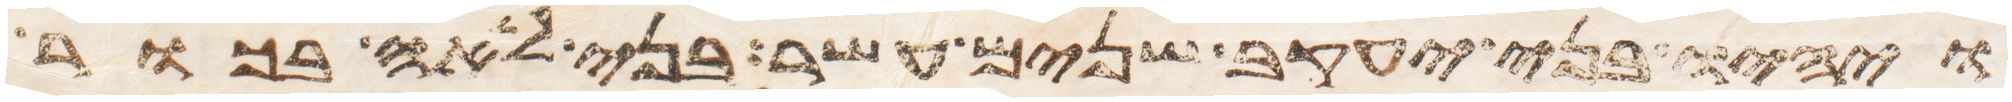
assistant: ויהיו בני יעקב שנים עשר בני לאה בכור